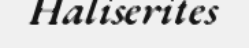
Haliserites